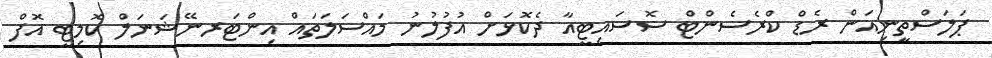
ޕަލަސްތީނިއަން ރެޑް ކްރެސެންޓް ސޮސައިޓީއާ ދެކޮޅަށް އުފުލުނު މައްސަލަތައް އިންޓަރނޭޝަނަލް ކޮމިޓީ އޮފް